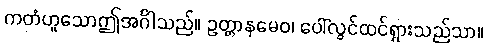
ကတံဟူသောဤအင်္ဂါသည်။ ဥတ္တာနမေဝ၊ ပေါ်လွင်ထင်ရှားသည်သာ။